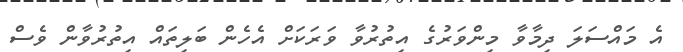
އެ މައްސަލަ ދިމާވާ މިންވަރުގެ އިތުރުވާ ވަރަކަށް އެހެން ބަލިތައް އިތުރުވާން ވެސް